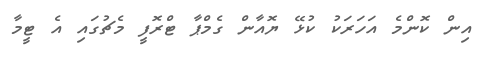
އިން ކޮންމެ އަހަރަކު ކުޅޭ ޔޮއާން ގެމްޕާ ޓްރޮފީ މެޗުގައި އެ ޓީމާ